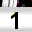
Digit: 1